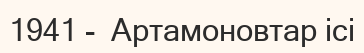
1941 -  Артамоновтар ісі